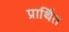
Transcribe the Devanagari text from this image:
प्रार्थित